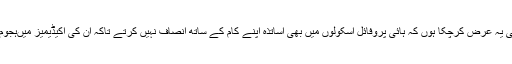
میں پہلے بھی یہ عرض کرچکا ہوں کہ ہائی پروفائل اسکولوں میں بھی اساتذہ اپنے کام کے ساتھ انصاف نہیں کرتے تاکہ ان کی اکیڈیمیز میںہجوم بڑھتا رہے۔